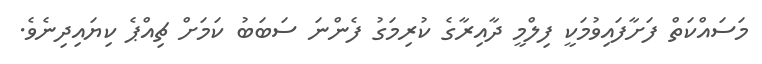
މަސައްކަތް ފަށާފައިވުމަކީ ފިލްމީ ދާއިރާގެ ކުރިމަގު ފެންނަ ސަބަބު ކަމަށް ޗިއްޕެ ކިޔައިދިނެވެ.